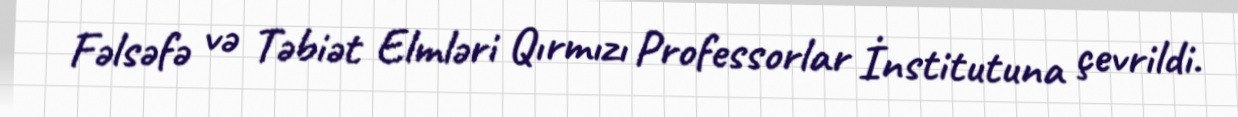
Fəlsəfə və Təbiət Elmləri Qırmızı Professorlar İnstitutuna çevrildi.